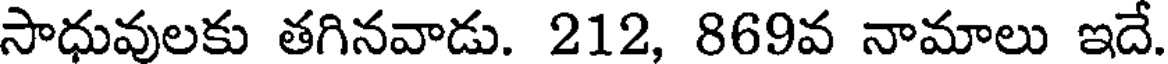
సాధువులకు తగినవాడు. 212, 869వ నామాలు ఇదే.